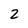
Character: 2